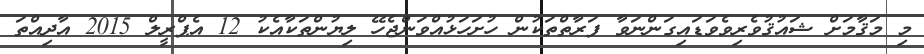
މި މަޤާމަށް ޝައުޤުވެރިވެވަޑައިގަންނަވާ ފަރާތްތަކުން ހުށަހަޅުއްވަންޖެހޭ ލިޔުންތަކާއެކު 12 އެޕްރީލް 2015 އާދިއްތަ